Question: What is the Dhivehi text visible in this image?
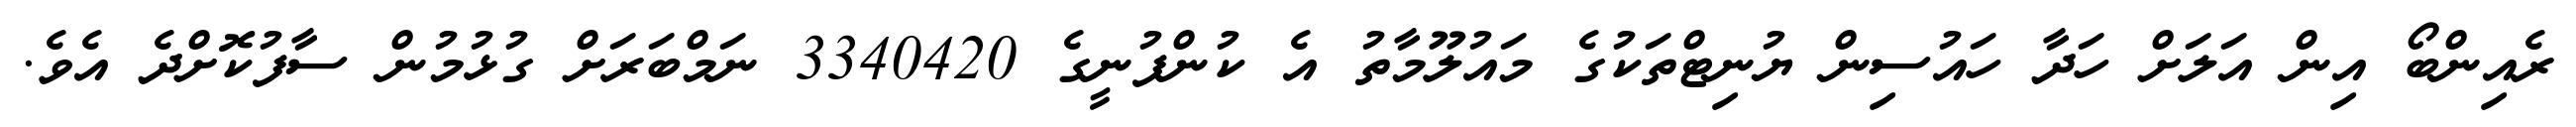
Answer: ރެއިންބޯ އިން އަލަށް ހަދާ ހައުސިން ޔުނިޓްތަކުގެ މައުލޫމާތު އެ ކުންފުނީގެ 3340420 ނަމްބަރަށް ގުޅުމުން ސާފުކޮށްދެ އެވެ.